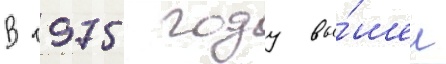
В 1975 году вы́шел